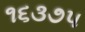
૧૬૩૭૫